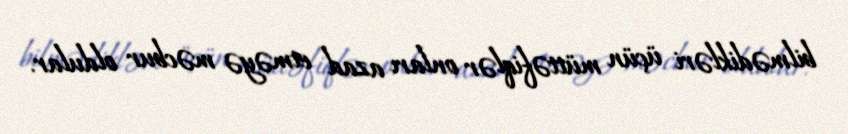
bilmədikləri üçün müttəfiqlər onları azad etməyə məcbur oldular.